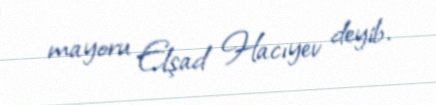
mayoru Elşad Hacıyev deyib.